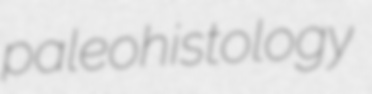
paleohistology